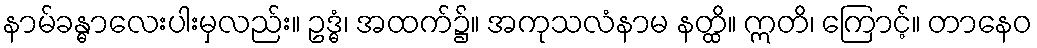
နာမ်ခန္ဓာလေးပါးမှလည်း။ ဥဒ္ဓံ၊ အထက်၌။ အကုသလံနာမ နတ္ထိ။ ဣတိ၊ ကြောင့်။ တာနေဝ